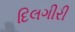
દિલગીરી